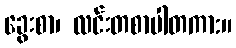
ခွေးစာ၊ လင်းတစာပါတကာ:။